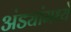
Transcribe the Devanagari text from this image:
अंड्यांमध्ये